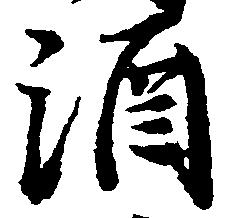
酒